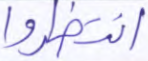
انتظروا